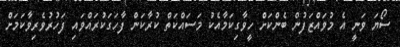
ސޯޔަ ވަނީ އެ މުވައްޒަފުން ބެންކަށް ހީވާގިކަމާއެކު މަސައްކަތް ކުރާކަން ފާހަގަކުރައްވައި ފަހުރުވެރިވާކަމަށް